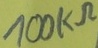
Text: 100KΩ